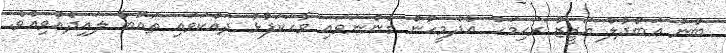
ބުނު ޢަބްދުލް އަޒީޒު ރަޙިމަހު އެދެމީހުން ގެންނަވައި ވާހަކަފުޅު ދައްކަވައި ތައުބާ ލައިދެއްވިއެވެ.